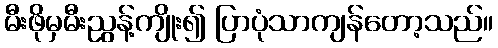
မီးဖိုမှမီးညွန့်ကျိုး၍ ပြာပုံသာကျန်တော့သည်။